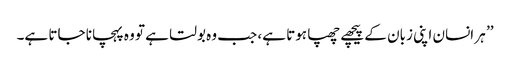
’’ ہر انسان اپنی زبان کے پیچھے چھپا ہوتا ہے، جب وہ بولتا ہے تو وہ پہچانا جاتا ہے۔